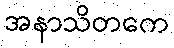
အနာသိတကေ